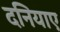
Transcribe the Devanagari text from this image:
दनियाए